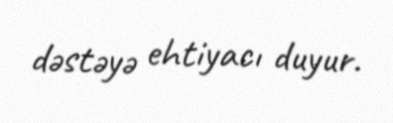
dəstəyə ehtiyacı duyur.